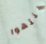
ينتهوا